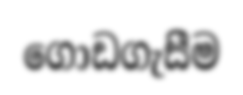
ගොඩගැසීම